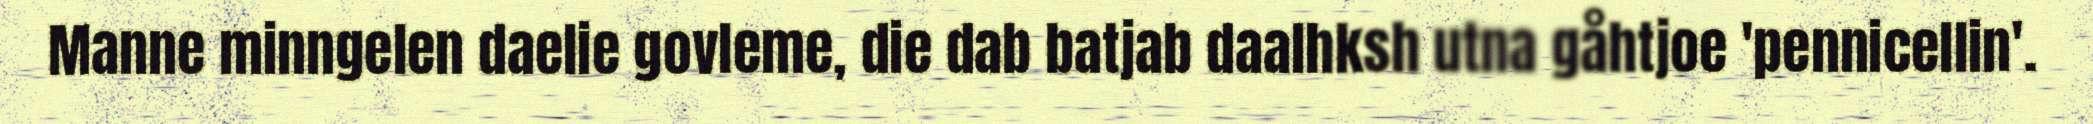
Manne minngelen daelie govleme, die dab batjab daalhksh utna gåhtjoe 'pennicellin'.